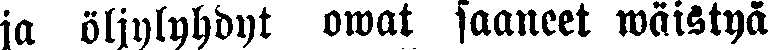
ja öljylyhdyt owat saaneet wäistyä